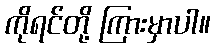
ကိုရင်တို့ ကြားမှာပါ။